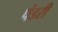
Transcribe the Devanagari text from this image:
पंडरी